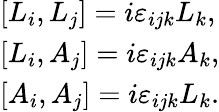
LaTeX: \begin{array}{l}{{[L_{i},L_{j}]=i\varepsilon_{ijk}L_{k},}}\\ {{{[}L_{i},A_{j}]=i\varepsilon_{ijk}A_{k},}}\\ {{{[}A_{i},A_{j}]=i\varepsilon_{ijk}L_{k}.}}\end{array}